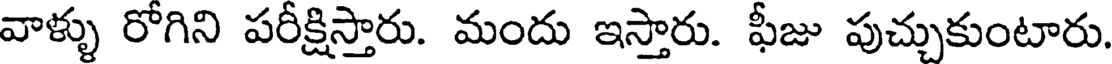
వాళ్ళు రోగిని పరీక్షిస్తారు. మందు ఇస్తారు. ఫీజు పుచ్చుకుంటారు